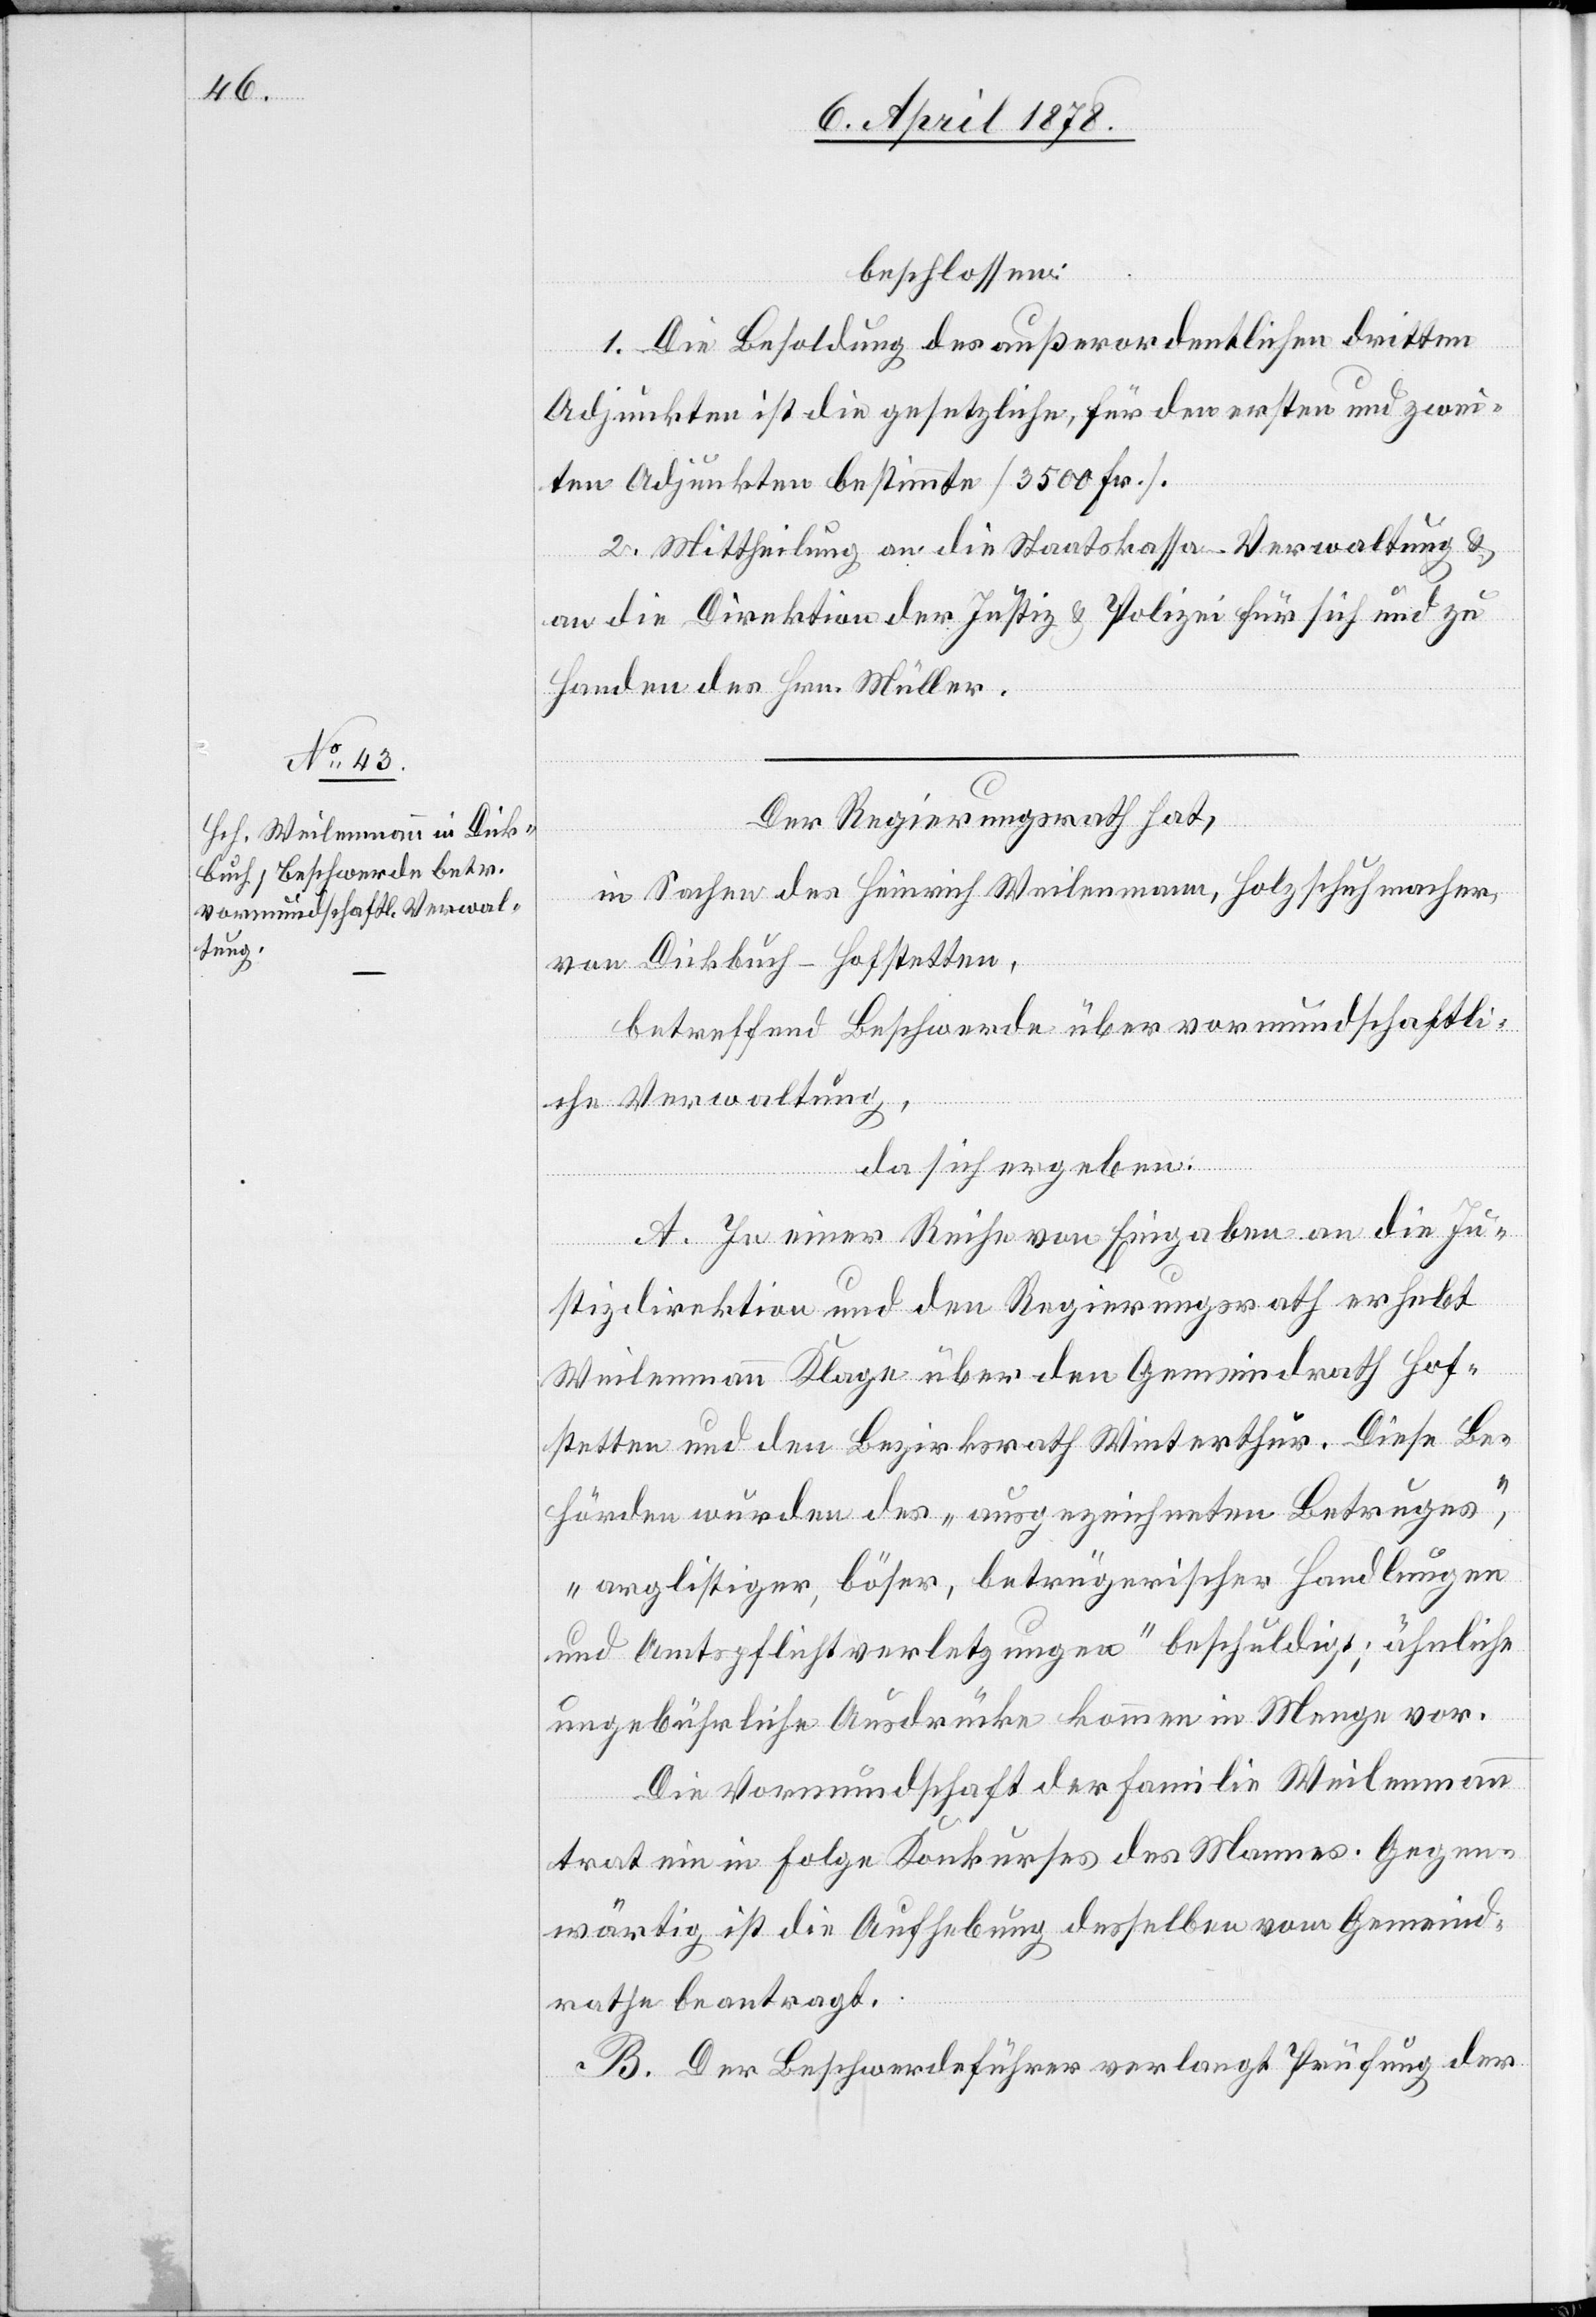
beschlossen:
1. Die Besoldung des außerordentlichen dritten
Adjunkten ist die gesetzliche, für den ersten und zwei¬
ten Adjunkten bestimmte (3500 Fr.).
2. Mittheilung an die Staatskassa-Verwaltung &
an die Direktion der Justiz & Polizei für sich und zu
Handen des Hrn. Müller.
Der Regierungsrath hat,
in Sachen des Heinrich Weilenmann, Holzschuhmacher
von Dickbuch - Hofstetten,
betreffend Beschwerde über vormundschaftli¬
che Verwaltung,
da sich ergeben:
A. In einer Reihe von Eingaben an die Ju¬
stizdirektion und den Regierungsrath erhebt
Weilenmann Klage über den Gemeindrath Hof¬
stetten und den Bezirksrath Winterthur. Diese Be¬
hörden wurden des „ausgezeichneten Betruges“,
„arglistiger, böser, betrügerischer Handlungen
und Amtspflichtverletzungen“ beschuldigt; ähnliche
ungebührliche Ausdrücke kommen in Menge vor.
Die Vormundschaft der Familie Weilenmann
trat ein in Folge Konkurses des Mannes. Gegen¬
wärtig ist die Aufhebung desselben vom Gemeind¬
rathe beantragt.
B. Der Beschwerdeführer verlangt Prüfung der